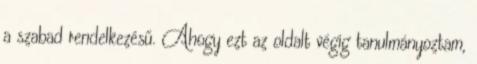
a szabad rendelkezésű. Ahogy ezt az oldalt végig tanulmányoztam,